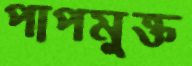
পাপমুক্ত